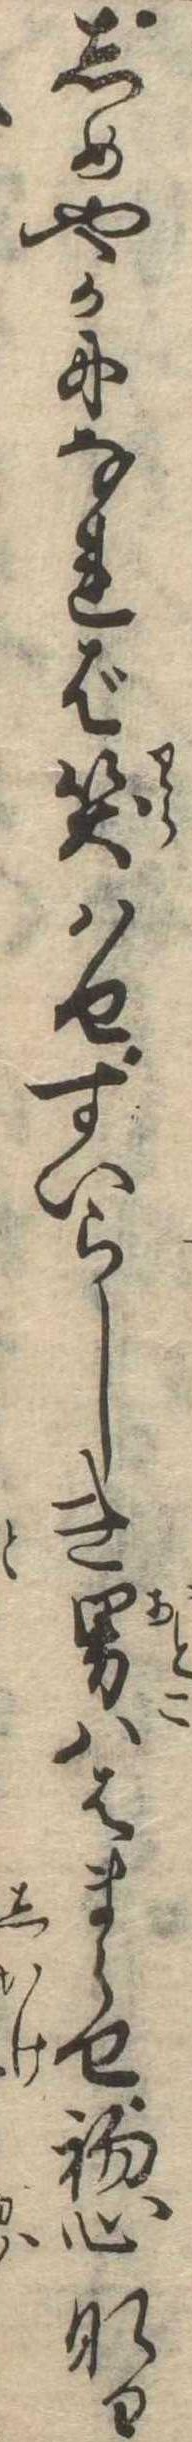
しめやかになれば笑はせすいらしき男ははまらせ初心なる